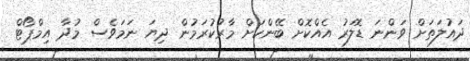
ދައުލަތަށް ވަންނަ ޑޮލަރު އެއްކޮށް ބޭންކަށް މާރުކުރަމުން ދިޔަ ނަމަވެސް މުދާ އިމްޕޯޓް